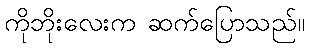
ကိုဘိုးလေးက ဆက်ပြောသည်။